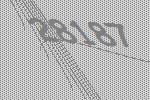
28187